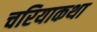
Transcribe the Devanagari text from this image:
चरियाकथा